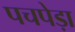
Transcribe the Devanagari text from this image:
पचपेड़ा